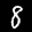
Label: 8